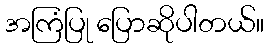
အကြံပြု ပြောဆိုပါတယ်။